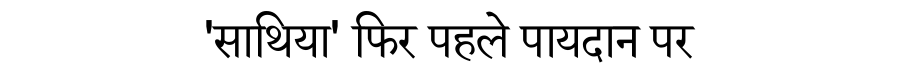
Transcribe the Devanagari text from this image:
'साथिया' फिर पहले पायदान पर